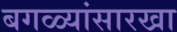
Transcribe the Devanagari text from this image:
बगळ्यांसारखा